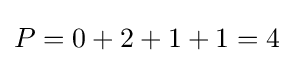
P=0+2+1+1=4